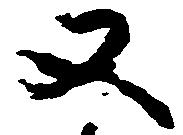
又